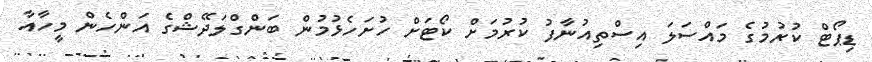
ޑިޕޯޓް ކުރުމުގެ މައްސަލަ އިސްތިއުނާފު ކުރުމަށް ކޯޓަށް ހުށަހެޅުމުން ބަންގްލަދޭޝްގެ އަންހެން މީހާއާ